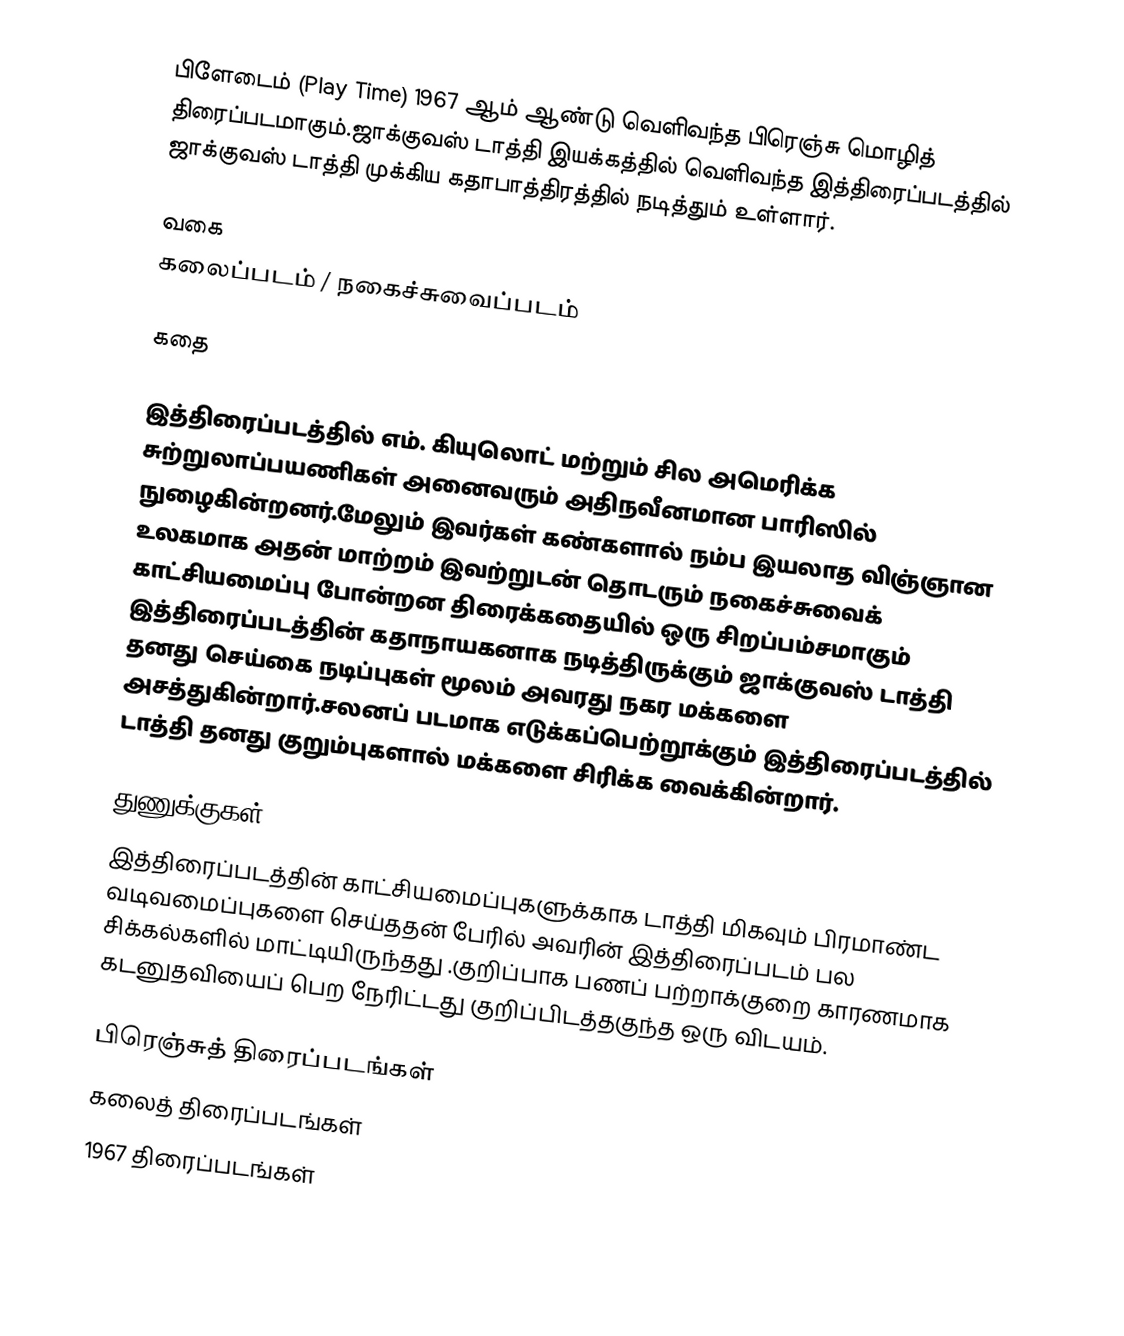
பிளேடைம் (Play Time) 1967 ஆம் ஆண்டு வெளிவந்த பிரெஞ்சு மொழித் திரைப்படமாகும்.ஜாக்குவஸ் டாத்தி இயக்கத்தில் வெளிவந்த இத்திரைப்படத்தில் ஜாக்குவஸ் டாத்தி முக்கிய கதாபாத்திரத்தில் நடித்தும் உள்ளார்.

வகை
கலைப்படம் / நகைச்சுவைப்படம்

கதை

இத்திரைப்படத்தில் எம். கியுலொட் மற்றும் சில அமெரிக்க சுற்றுலாப்பயணிகள் அனைவரும் அதிநவீனமான பாரிஸில் நுழைகின்றனர்.மேலும் இவர்கள் கண்களால் நம்ப இயலாத விஞ்ஞான உலகமாக அதன் மாற்றம் இவற்றுடன் தொடரும் நகைச்சுவைக் காட்சியமைப்பு போன்றன திரைக்கதையில் ஒரு சிறப்பம்சமாகும் இத்திரைப்படத்தின் கதாநாயகனாக நடித்திருக்கும் ஜாக்குவஸ் டாத்தி தனது செய்கை நடிப்புகள் மூலம் அவரது நகர மக்களை அசத்துகின்றார்.சலனப் படமாக எடுக்கப்பெற்றூக்கும் இத்திரைப்படத்தில் டாத்தி தனது குறும்புகளால் மக்களை சிரிக்க வைக்கின்றார்.

துணுக்குகள்
 இத்திரைப்படத்தின் காட்சியமைப்புகளுக்காக டாத்தி மிகவும் பிரமாண்ட வடிவமைப்புகளை செய்ததன் பேரில் அவரின் இத்திரைப்படம் பல சிக்கல்களில் மாட்டியிருந்தது .குறிப்பாக பணப் பற்றாக்குறை காரணமாக கடனுதவியைப் பெற நேரிட்டது குறிப்பிடத்தகுந்த ஒரு விடயம்.

பிரெஞ்சுத் திரைப்படங்கள்
கலைத் திரைப்படங்கள்
1967 திரைப்படங்கள்